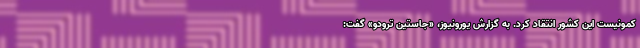
کمونیست این کشور انتقاد کرد. به گزارش یورونیوز، «جاستین ترودو» گفت: